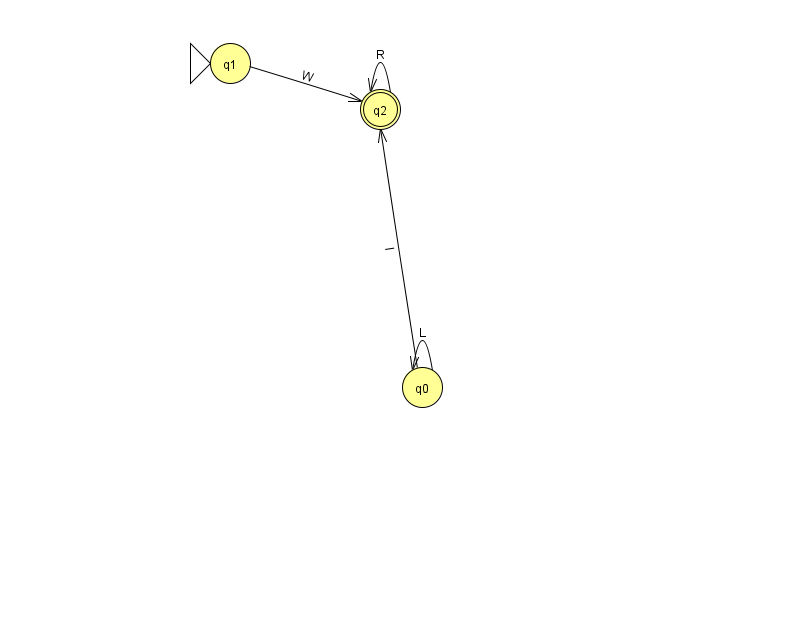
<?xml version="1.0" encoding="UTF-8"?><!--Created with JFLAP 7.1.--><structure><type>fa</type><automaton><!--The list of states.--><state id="0" name="q0"><x>422.0</x><y>374.0</y></state><state id="1" name="q1"><x>230.0</x><y>50.0</y><initial/></state><state id="2" name="q2"><x>380.0</x><y>96.0</y><final/></state><!--The list of transitions.--><transition><from>2</from><to>2</to><read>R</read></transition><transition><from>1</from><to>2</to><read>W</read></transition><transition><from>0</from><to>2</to><read>l</read></transition><transition><from>0</from><to>0</to><read>L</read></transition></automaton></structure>